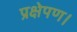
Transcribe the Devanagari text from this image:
प्रक्षेपण।